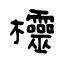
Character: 欞